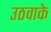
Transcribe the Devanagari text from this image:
उठवाके